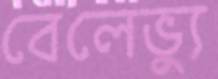
বেলেভ্যু